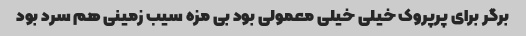
برگر برای پرپروک خیلی خیلی معمولی بود بی مزه سیب زمینی هم سرد بود